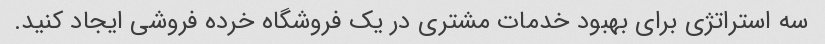
سه استراتژی برای بهبود خدمات مشتری در یک فروشگاه خرده فروشی ایجاد کنید.